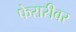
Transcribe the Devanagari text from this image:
फेरारीवर